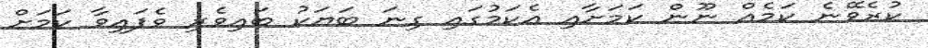
ކުރެވޭނެ ކަމެއް ނޫން ކަމަށާއި އެކަމުގައި ގިނަ ބަޔަކު ބައިވެރި ވެފައިވާ ކަމަށް